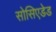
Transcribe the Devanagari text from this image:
सोसिएडेड